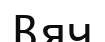
Вяч